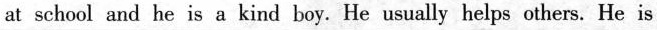
at school and he is a kind boy. He usually helps others. He is